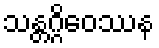
သန္တဂ္ဂိဝေဿန